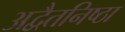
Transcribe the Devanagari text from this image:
अद्वैतनिष्ठा